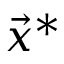
{ \vec { x } } ^ { * }